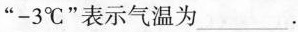
”-3^{\circ}C”表示气温为___。